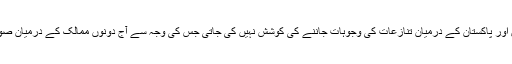
امریکی پالیسی میں افغانستان اور پاکستان کے درمیان تنازعات کی وجوہات جاننے کی کوشش نہیں کی جاتی جس کی وجہ سے آج دونوں ممالک کے درمیان صورتحال کشیدگی کاشکا رہے۔